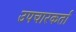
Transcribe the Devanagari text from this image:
उपचारकर्ता